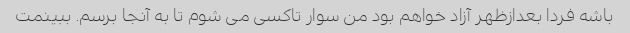
باشه فردا بعدازظهر آزاد خواهم بود من سوار تاکسی می شوم تا به آنجا برسم. ببینمت